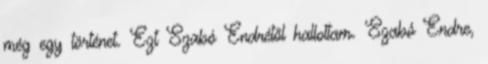
még egy történet. Ezt Szabó Endrétől hallottam. Szabó Endre,